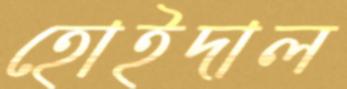
হোইদাল